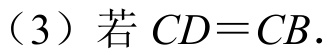
（3）若\(CD = CB\).